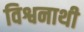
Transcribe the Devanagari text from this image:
विश्वनाथी